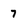
Character: 7